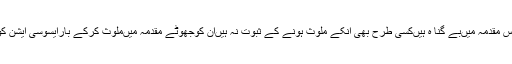
مقررین نے کہا کہ صدرباراس مقدمہ میںبے گنا ہ ہیںکسی طرح بھی انکے ملوث ہونے کے ثبوت نہ ہیںان کوجھوٹے مقدمہ میںملوث کرکے بارایسوسی ایشن کوبد نام کرنے کی سازش ہے۔